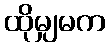
ထိုမျှမက